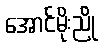
အောင်မိုးညို